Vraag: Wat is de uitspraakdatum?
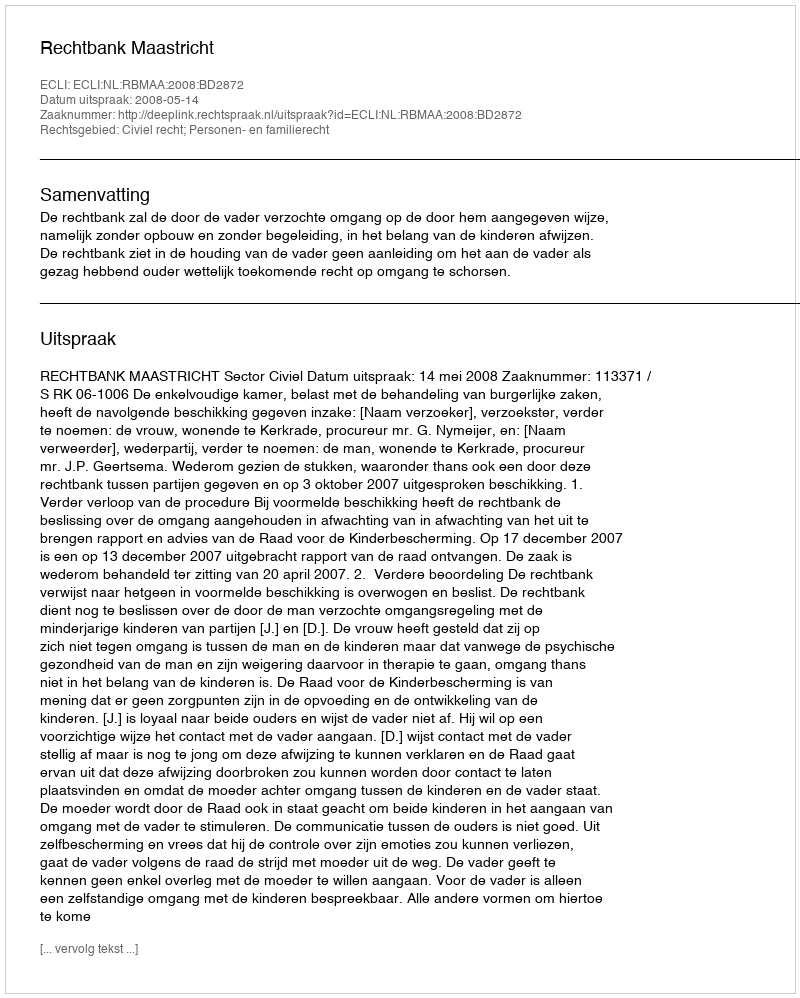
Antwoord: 2008-05-14